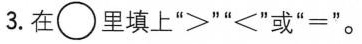
3.在\circ里填上”>””<”或”=”。